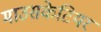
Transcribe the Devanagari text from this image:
माउसकेटियर